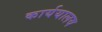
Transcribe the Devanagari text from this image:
कार्ययालय